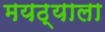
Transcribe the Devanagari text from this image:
मयठ्याला